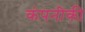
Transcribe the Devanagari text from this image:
कंपनीकी